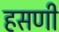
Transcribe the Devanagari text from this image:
हसणी